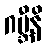
ဂဗ္ဘီနိ